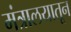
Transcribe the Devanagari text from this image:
मंत्रालयातून